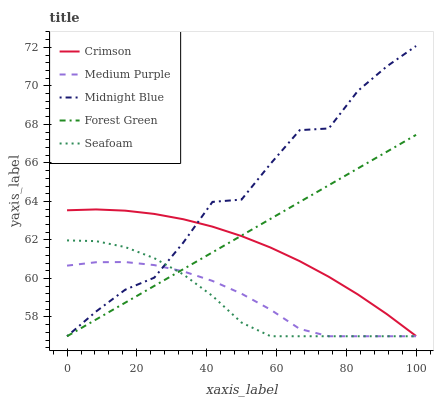
| xaxis_label | Crimson | Medium Purple | Midnight Blue | Forest Green | Seafoam |
 | --- | --- | --- | --- | --- | --- |
 | 0 | 63.5 | 60.7 | 57 | 57 | 62 |
 | 8.33 | 63.6 | 60.8 | 58.3 | 57.9 | 61.9 |
 | 16.7 | 63.5 | 60.9 | 59.4 | 58.7 | 61.6 |
 | 25 | 63.4 | 60.7 | 60 | 59.6 | 61.1 |
 | 33.3 | 63.1 | 60.4 | 61.9 | 60.5 | 60.2 |
 | 41.7 | 62.7 | 59.9 | 64 | 61.4 | 59.1 |
 | 50 | 62.2 | 59.2 | 64.1 | 62.2 | 57.7 |
 | 58.3 | 61.6 | 58.4 | 66 | 63.1 | 57 |
 | 66.7 | 60.9 | 57.4 | 67.7 | 64 | 57 |
 | 75 | 60.1 | 57 | 67.8 | 64.8 | 57 |
 | 83.3 | 59.2 | 57 | 69.7 | 65.7 | 57 |
 | 91.7 | 58.1 | 57 | 71 | 66.6 | 57 |
 | 100 | 57 | 57 | 72.1 | 67.5 | 57 |